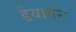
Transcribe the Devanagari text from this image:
डैयागन